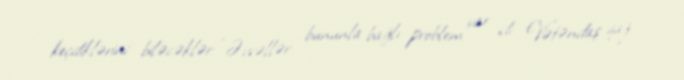
keçdiklərini biləcəklər: “Əvvəllər bununla bağlı problem var idi. Vətəndaş qaz